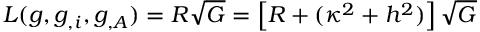
{ \cal L } ( g , g _ { , i } , g _ { , A } ) = { \cal R } \sqrt { { \cal G } } = \left[ R + ( \kappa ^ { 2 } + h ^ { 2 } ) \right] \sqrt { { \cal G } }